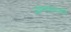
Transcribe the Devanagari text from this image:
जाण्याइतकी